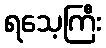
ရသေ့ကြီး